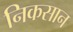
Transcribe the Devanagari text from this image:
निकसान